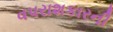
વપરાશકારની